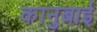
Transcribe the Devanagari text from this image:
कानुबाई